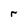
Character: r